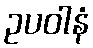
ဥပဝါနံ